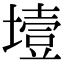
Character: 㙪